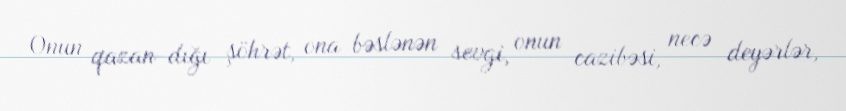
Onun qazan­dığı şöhrət, ona bəslənən sevgi, onun cazibəsi, necə deyərlər,